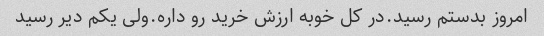
امروز بدستم رسید.در کل خوبه ارزش خرید رو داره.ولی یکم دیر رسید